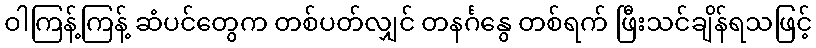
ဝါကြန့်ကြန့် ဆံပင်တွေက တစ်ပတ်လျှင် တနင်္ဂနွေ တစ်ရက် ဖြီးသင်ချိန်ရသဖြင့်